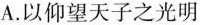
A. 以仰望天子之光明